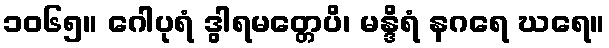
၁၀၆၅။ ဂေါပုရံ ဒွါရမတ္တေပိ၊ မန္ဒိရံ နဂရေ ဃရေ။